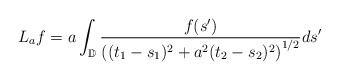
LaTeX: \begin{align*} L_a f = a \int_{\mathbb{D}} \frac{f(s')}{\left((t_1 - s_1)^2 + a^2(t_2 - s_2)^2\right)^{1/2}} ds'\end{align*}